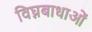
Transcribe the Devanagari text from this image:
विघ्नबाधाओं